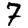
Digit: 7